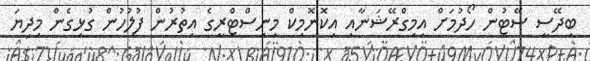
ބިދޭސީ ސޭޓުން ހޯދުމަށް އިމިގްރޭޝަނާއި އިކޮނޮމިކް މިނިސްޓްރީގެ އިތުރުން ފުލުުހުން ގުޅިގެން މިދިޔަ